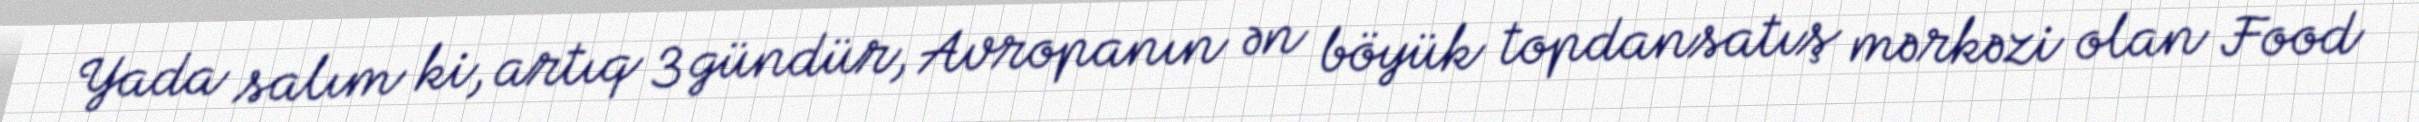
Yada salım ki, artıq 3 gündür, Avropanın ən böyük topdansatış mərkəzi olan Food